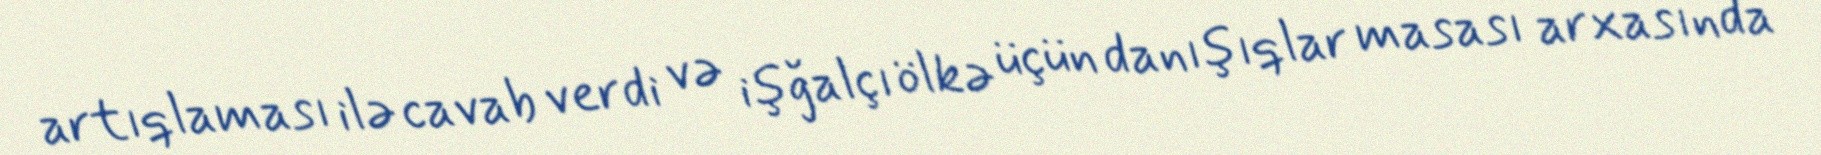
artıqlaması ilə cavab verdi və işğalçı ölkə üçün danışıqlar masası arxasında